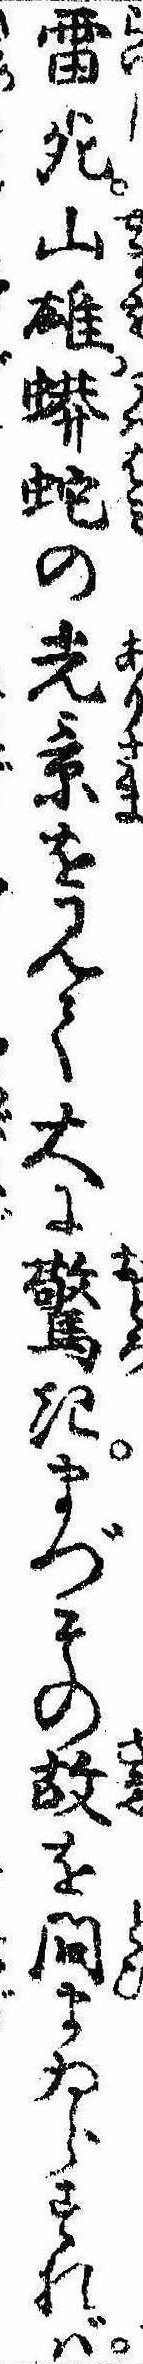
雷死山雄蠎蛇の光景を見て大に驚きまづその故を問まゐらすれば